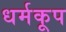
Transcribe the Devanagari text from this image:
धर्मकूप